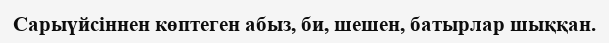
Сарыүйсіннен көптеген абыз, би, шешен, батырлар шыққан.